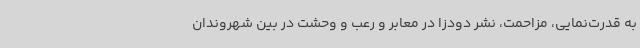
به قدرت‌نمایی، مزاحمت، نشر دودزا در معابر و رعب و وحشت در بین شهروندان